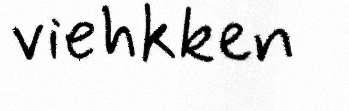
viehkken